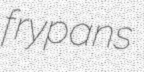
frypans